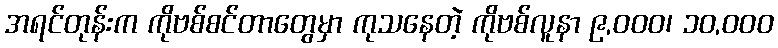
အရင်တုန်းက ကိုဗစ်စင်တာတွေမှာ ကုသနေတဲ့ ကိုဗစ်လူနာ ၉,၀၀၀၊ ၁၀,၀၀၀